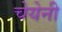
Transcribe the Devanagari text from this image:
चेयेनी